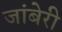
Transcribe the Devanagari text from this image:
जांबेरी